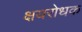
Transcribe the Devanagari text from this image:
क्षयरोधक